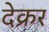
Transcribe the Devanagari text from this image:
देक्रर